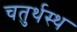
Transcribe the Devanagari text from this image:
चतुर्थस्थ